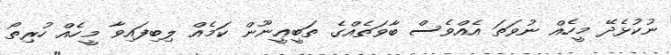
ނުކުޅެދޭ މީހެއް ނުވަތަ އެއްވެސް ބާވަތެއްގެ ތަބީޢީނޫން ކަމެއް ލިބިފައިވާ މީހެއް ހުރިތޯ